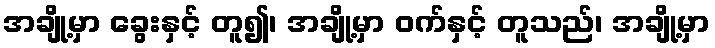
အချို့မှာ ခွေးနှင့် တူ၍၊ အချို့မှာ ဝက်နှင့် တူသည်၊ အချို့မှာ